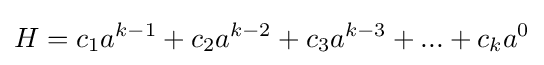
H=c_{1}a^{k-1}+c_{2}a^{k-2}+c_{3}a^{k-3}+...+c_{k}a^{0}